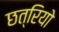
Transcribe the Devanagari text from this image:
छत्रियो